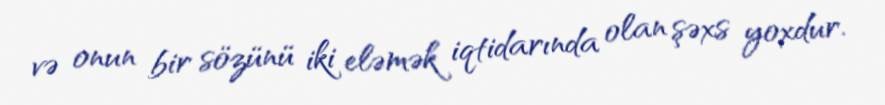
və onun bir sözünü iki eləmək iqtidarında olan şəxs yoxdur.